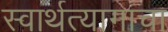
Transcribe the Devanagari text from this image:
स्वार्थत्यागाचा